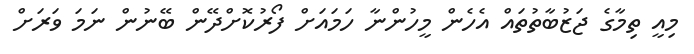
މިއީ ތިމާގެ ޖަޒުބާތުތައް އެހެން މީހުންނާ ހަމައަށް ފޯރުކޮށްދޭން ބޭނުން ނަމަ ވަރަށް